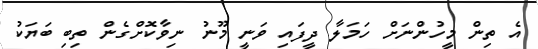
އެ ތިން މީހުންނަށް ހަމަލާ ދީފައި ވަނީ މޫނު ނިވާކޮށްގެން ތިބި ބަޔަކު